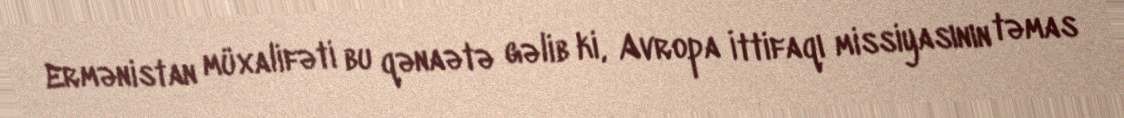
Ermənistan müxalifəti bu qənaətə gəlib ki, Avropa İttifaqı missiyasının təmas